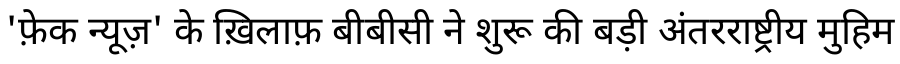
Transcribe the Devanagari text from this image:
'फ़ेक न्यूज़' के ख़िलाफ़ बीबीसी ने शुरू की बड़ी अंतरराष्ट्रीय मुहिम